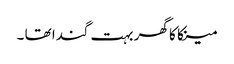
مینکا کا گھر بہت گندا تھا ۔